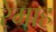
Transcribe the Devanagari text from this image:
रेमाह